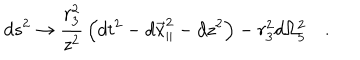
d s ^ { 2 } \rightarrow { \frac { r _ { 3 } ^ { 2 } } { z ^ { 2 } } } \left( d t ^ { 2 } - d { \vec { x } } _ { \parallel } ^ { 2 } - d z ^ { 2 } \right) - r _ { 3 } ^ { 2 } d \Omega _ { 5 } ^ { 2 } \quad .